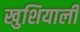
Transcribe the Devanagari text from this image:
खुशियाली